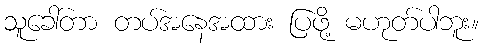
သူခေါ်တာ တပ်အနေအထား ပြဖို့ မဟုတ်ပါဘူး။